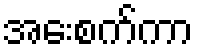
အေးစက်ကာ